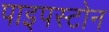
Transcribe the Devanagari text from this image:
पाइपस्टोन